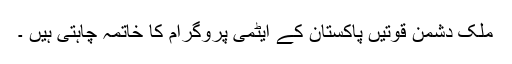
ملک دشمن قوتیں پاکستان کے ایٹمی پروگرام کا خاتمہ چاہتی ہیں ۔